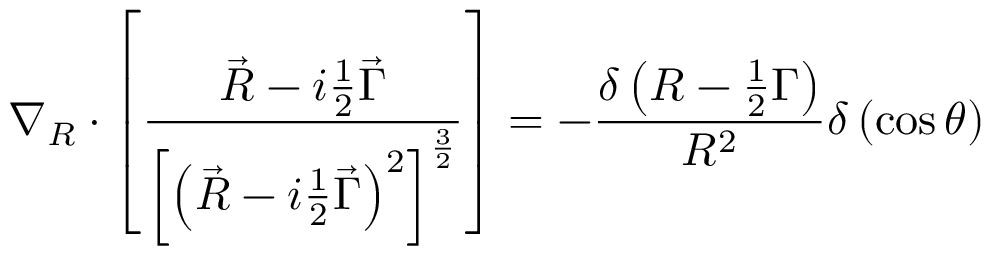
\nabla _ { R } \cdot \left[ \frac { \vec { R } - i \frac 1 2 \vec { \Gamma } } { \left[ \left( \vec { R } - i \frac 1 2 \vec { \Gamma } \right) ^ { 2 } \right] ^ { \frac 3 2 } } \right] = - \frac { \delta \left( R - \frac 1 2 \Gamma \right) } { R ^ { 2 } } \delta \left( \cos \theta \right)